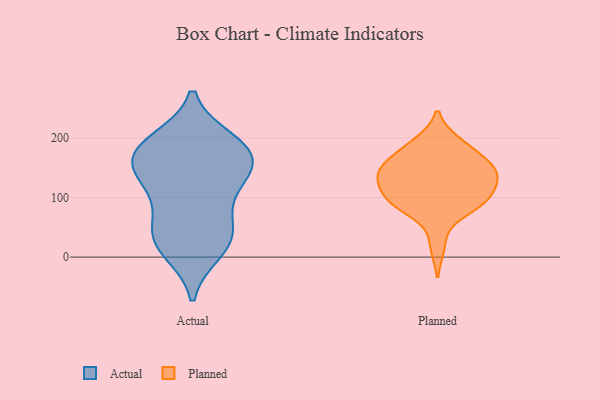
{"axis": {"x": "Market Share (%)", "y": "Value"}, "legend": ["Actual", "Planned"], "data": [{"x": "", "y": 173, "type": "Actual"}, {"x": "", "y": 167, "type": "Actual"}, {"x": "", "y": 127, "type": "Actual"}, {"x": "", "y": 145, "type": "Actual"}, {"x": "", "y": 185, "type": "Actual"}, {"x": "", "y": 32, "type": "Actual"}, {"x": "", "y": 34, "type": "Actual"}, {"x": "", "y": 82, "type": "Actual"}, {"x": "", "y": 36, "type": "Actual"}, {"x": "", "y": 177, "type": "Actual"}, {"x": "", "y": 193, "type": "Actual"}, {"x": "", "y": 126, "type": "Actual"}, {"x": "", "y": 12, "type": "Actual"}, {"x": "", "y": 155, "type": "Planned"}, {"x": "", "y": 192, "type": "Planned"}, {"x": "", "y": 192, "type": "Planned"}, {"x": "", "y": 97, "type": "Planned"}, {"x": "", "y": 81, "type": "Planned"}, {"x": "", "y": 136, "type": "Planned"}, {"x": "", "y": 94, "type": "Planned"}, {"x": "", "y": 134, "type": "Planned"}, {"x": "", "y": 152, "type": "Planned"}, {"x": "", "y": 171, "type": "Planned"}, {"x": "", "y": 133, "type": "Planned"}, {"x": "", "y": 135, "type": "Planned"}, {"x": "", "y": 128, "type": "Planned"}, {"x": "", "y": 164, "type": "Planned"}, {"x": "", "y": 82, "type": "Planned"}, {"x": "", "y": 95, "type": "Planned"}, {"x": "", "y": 19, "type": "Planned"}, {"x": "", "y": 102, "type": "Planned"}]}